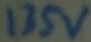
Text: 135V